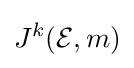
J^{k}({\mathcal {E}},m)